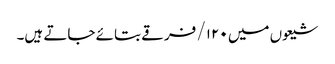
شیعوں میں ۱۲۰/ فرقے بتائے جاتے ہیں۔